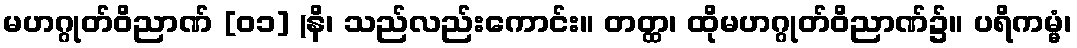
မဟဂ္ဂုတ်ဝိညာဏ် [၀၁] (နိ၊ သည်လည်းကောင်း။ တတ္ထ၊ ထိုမဟဂ္ဂုတ်ဝိညာဏ်၌။ ပရိကမ္မံ၊